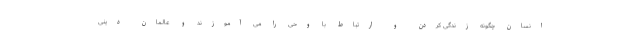
انسان چگونه زندگی کردن و ارتباط با وحی را می آموزند و عالمان دینی